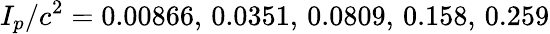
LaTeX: I_{p}/c^{2}=0.00866,\, 0.0351,\, 0.0809,\, 0.158,\, 0.259